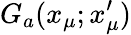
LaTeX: G_{a}(x_{\mu};x_{\mu}^{\prime})